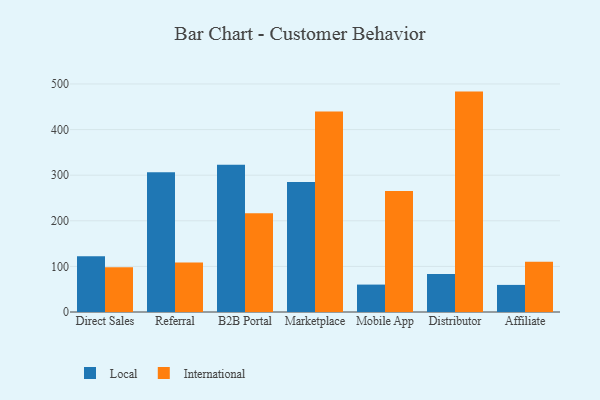
{"axis": {"x": "Channel", "y": "Net Income (USD K)"}, "legend": ["International", "Local"], "data": [{"x": "Direct Sales", "y": 122.1, "type": "Local"}, {"x": "Direct Sales", "y": 98.1, "type": "International"}, {"x": "Referral", "y": 306.2, "type": "Local"}, {"x": "Referral", "y": 108.4, "type": "International"}, {"x": "B2B Portal", "y": 322.9, "type": "Local"}, {"x": "B2B Portal", "y": 216.3, "type": "International"}, {"x": "Marketplace", "y": 284.9, "type": "Local"}, {"x": "Marketplace", "y": 439.9, "type": "International"}, {"x": "Mobile App", "y": 60.1, "type": "Local"}, {"x": "Mobile App", "y": 265.4, "type": "International"}, {"x": "Distributor", "y": 83.1, "type": "Local"}, {"x": "Distributor", "y": 483.3, "type": "International"}, {"x": "Affiliate", "y": 59.4, "type": "Local"}, {"x": "Affiliate", "y": 110.0, "type": "International"}]}